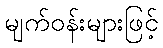
မျက်ဝန်းများဖြင့်